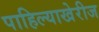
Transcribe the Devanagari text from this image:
पाहिल्याखेरीज